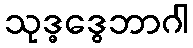
သုဒ္ဓဒွေဘာဂါ